Jaan_Tonisson_(Lasteleht), lk 220
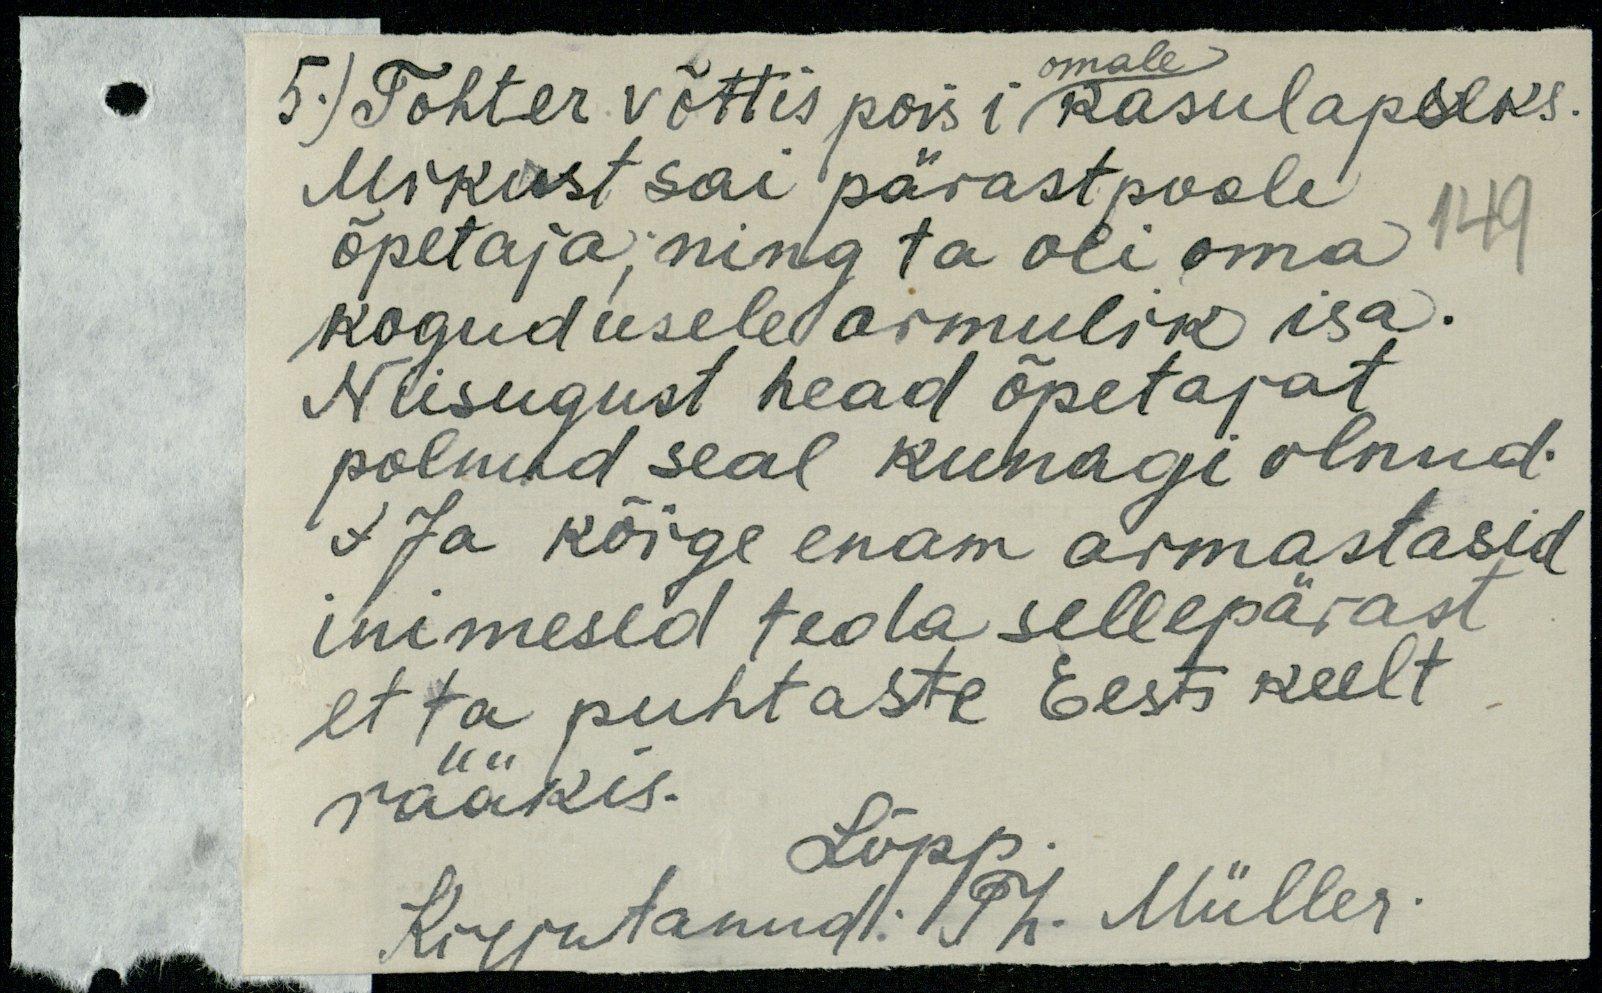
omale.
5.) Tohter võttis poisi kasulapseks.
Mikust sai pärastpoole
õpetaja ning ta oli oma
kogudusele armulik isa.
Niisugust head õpetajat
polnud seal kunagi olnud.
J Ja kõige enam armastasid
inimesed teda sellepärast
et ta puhtaste Eesti keelt
rääkis.
Lõpp
Kirjutanud: Th Müller.